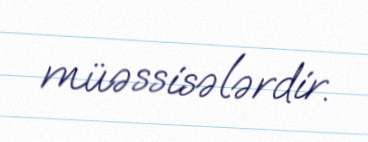
müəssisələrdir.